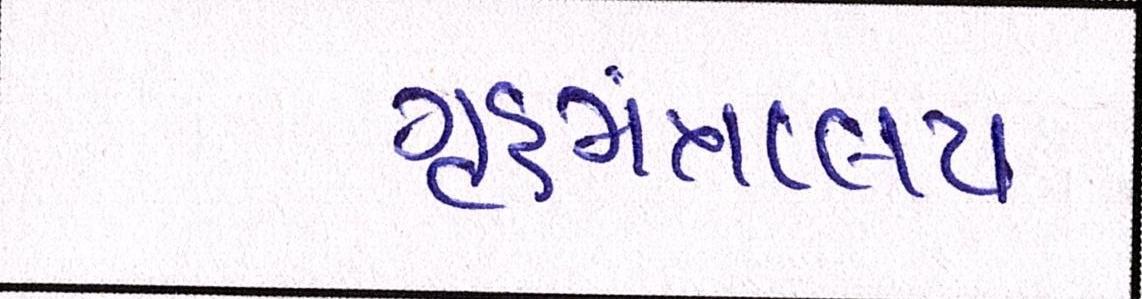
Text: ગૃહમંત્રાલય